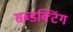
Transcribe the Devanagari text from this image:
सब्डक्टिंग